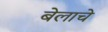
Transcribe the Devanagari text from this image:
बेलाचे